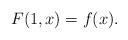
LaTeX: \begin{gather*}F(1,x) = f(x).\end{gather*}